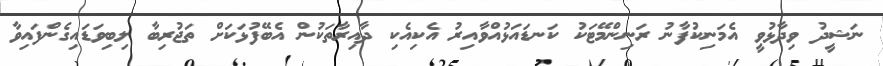
ނަޝީދު ވިދާޅުވީ އެމަނިކުފާނު ރަނިންމޭޓަކު ކަނޑައަޅުއްވާއިރު އެކިއެކި ދާއިރާތަކުން އެބޭފުޅަކަށް ތަޖުރިބާ ލިބިވަޑައިގެންފައިވާ